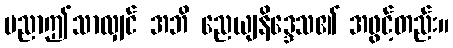
ပညာဤသာလျှင် အဘိ ညေယျနိဒ္ဒေသ၏ အဖွင့်တည်း။